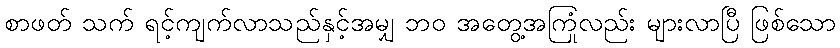
စာဖတ် သက် ရင့်ကျက်လာသည်နှင့်အမျှ ဘဝ အတွေ့အကြုံလည်း များလာပြီ ဖြစ်သော